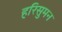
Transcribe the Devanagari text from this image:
हरिसुमन